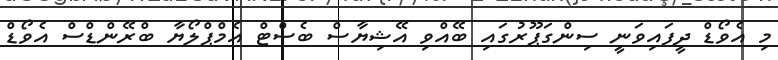
މި އެވޯޑް ދީފައިވަނީ ސިންގަޕޫރުގައި ބޭއްވި އޭޝިޔާސް ބެސްޓް އެމްޕްލޯޔާ ބްރޭންޑްސްް އެވޯޑް